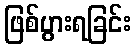
ဖြစ်ပွားရခြင်း